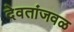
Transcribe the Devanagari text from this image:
देवतांजवळ